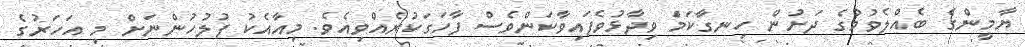
ޔާމީންގެ ބެއްލެވުމުގެ ދަށުން ހިނގާކަމަް ވިދާޅުވެފައިވާކަންވެސް ފާހަގަކުރެއްވިއެވެ. މިއާއެކު ފުލުހުންނަށް މި އަހަރުގެ